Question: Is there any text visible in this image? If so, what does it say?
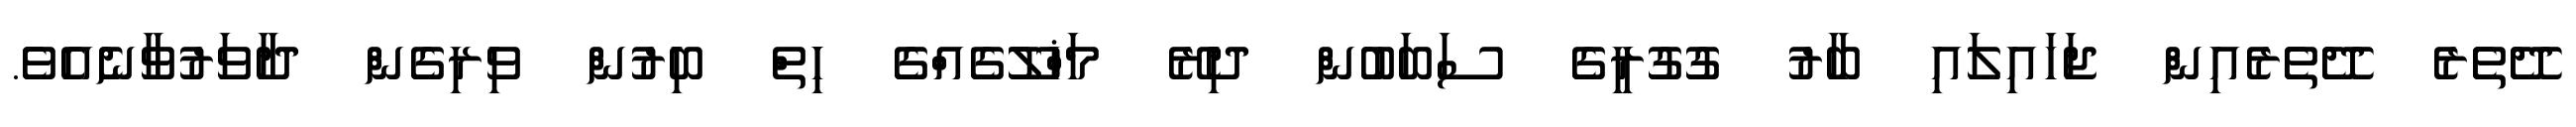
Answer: ދޭތެރެ ދޭތެރެއިން ޖަހައިލައި ބާރު ގުގުރީގެ ސަބަބުން ދިރޭ މަޚްލޫޤެއްގެ ހިތް ބިރުން ވިރިގެން ދާވަރުވާނެއެވެ.